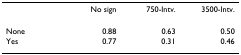
|  | No sign | 750-Intv. | 3500-Intv. |
 | --- | --- | --- | --- |
 | None | 0.88 | 0.63 | 0.50 |
 | Yes | 0.77 | 0.31 | 0.46 |